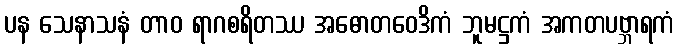
ပန သေနာသနံ တာဝ ရာဂစရိတဿ အဓောတဝေဒိကံ ဘူမဋ္ဌကံ အကတပဗ္ဘာရကံ